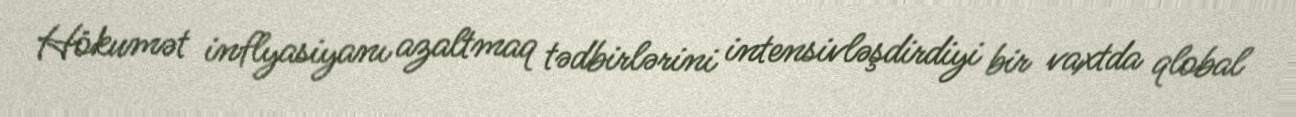
Hökumət inflyasiyanı azaltmaq tədbirlərini intensivləşdirdiyi bir vaxtda qlobal